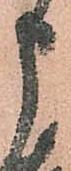
申